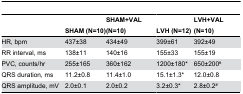
<table><thead><tr><td></td><td><b>SHAM (N=10)</b></td><td><b>SHAM+VAL (N=10)</b></td><td><b>LVH (N=12)</b></td><td><b>LVH+VAL (N=10)</b></td></tr></thead><tbody><tr><td>HR, bpm</td><td>437±38</td><td>434±49</td><td>399±61</td><td>392±49</td></tr><tr><td>RR interval, ms</td><td>138±11</td><td>140±16</td><td>155±33</td><td>155±19</td></tr><tr><td>PVC, counts/hr</td><td>255±165</td><td>360±162</td><td>1200±180*</td><td>650±200<sup>#</sup></td></tr><tr><td>QRS duration, ms</td><td>11.2±0.8</td><td>11.4±1.0</td><td>15.1±1.3*</td><td>12.0±0.8</td></tr><tr><td>QRS amplitude, mV</td><td>2.0±0.1</td><td>2.0±0.2</td><td>3.2±0.3*</td><td>2.8±0.2<sup>#</sup></td></tr></tbody></table>